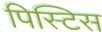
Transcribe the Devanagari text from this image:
पिस्टिस